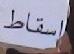
إسقاط